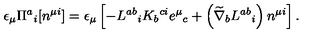
\epsilon _ { \mu } \Pi ^ { a } { } _ { i } [ n ^ { \mu i } ] = \epsilon _ { \mu } \left[ - L ^ { a b } { } _ { i } K _ { b } { } ^ { c i } e ^ { \mu } { } _ { c } + \left( \widetilde { \nabla } _ { b } L ^ { a b } { } _ { i } \right) n ^ { \mu i } \right] .